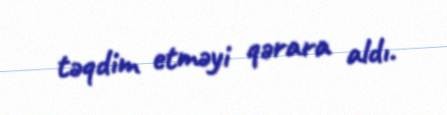
təqdim etməyi qərara aldı.